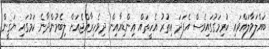
ބައްލަވާލައްވައި ކުރިމަގުގައިވެސް އެފަދަ އިތުރު އެހީތައް އިންޑިއާއިން ދިވެހިރާއްޖެއަށް ލިބެމުންދާނެ ކަމުގައި ޔަޤީން